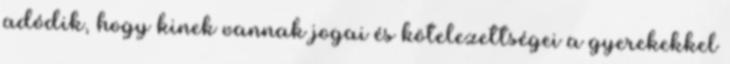
adódik, hogy kinek vannak jogai és kötelezettségei a gyerekekkel